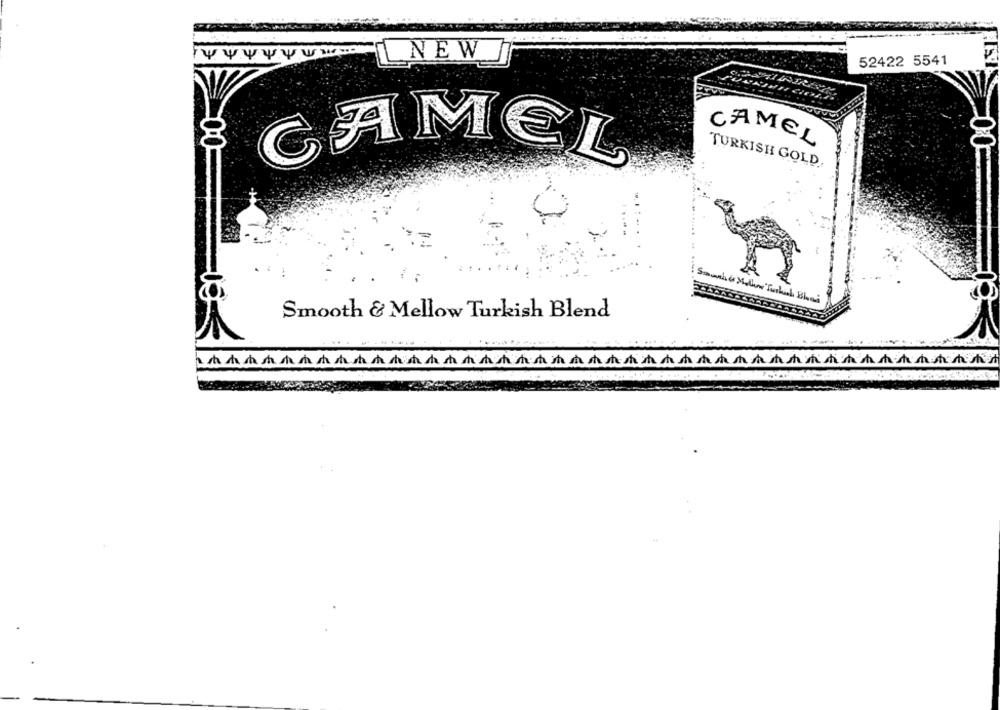
NEW
52422 5541
CAMEL
CAMEL
TURKISH GOLD,
Smooth & Mellow Turkish Blend